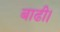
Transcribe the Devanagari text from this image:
बाढी।